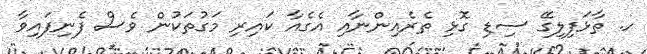
ހ. ތާޅަފިލިގޭ ސިޑި ގޮޅި ތެރެއިންނާއި އެގެއާ ކައިރި މަގުތަކުން ވެސް ފެނިފައިވާ